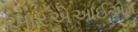
આરએઆઈએમ